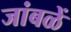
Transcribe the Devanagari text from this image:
जांबळें